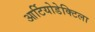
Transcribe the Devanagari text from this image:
आर्टियोडेक्टिला